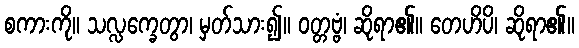
စကားကို။ သလ္လက္ခေတွာ၊ မှတ်သား၍။ ဝတ္တဗ္ဗံ၊ ဆိုရာ၏။ တေဟိပိ၊ ဆိုရာ၏။